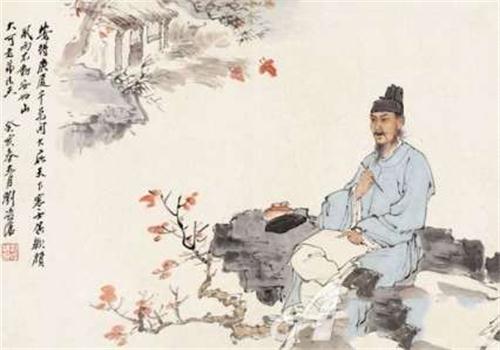
鬓丝日日添白头，榴锦年年照眼明